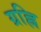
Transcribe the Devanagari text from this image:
ग्रह्णि